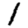
Digit: 1